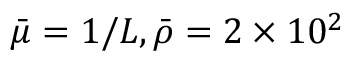
\bar { \mu } = 1 / L , \bar { \rho } = 2 \times 1 0 ^ { 2 }